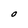
Character: O